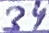
Text: 34